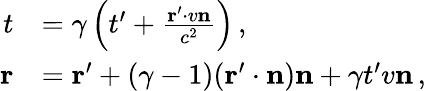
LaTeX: {\begin{array}{rl}{t}&{=\gamma\left(t^{\prime}+{\frac{\mathbf{r}^{\prime}\cdot v\mathbf{n}}{c^{2}}}\right)\, ,}\\ {\mathbf{r}}&{=\mathbf{r}^{\prime}+(\gamma-1)(\mathbf{r}^{\prime}\cdot\mathbf{n})\mathbf{n}+\gamma t^{\prime}v\mathbf{n}\, ,}\end{array}}